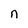
Character: n